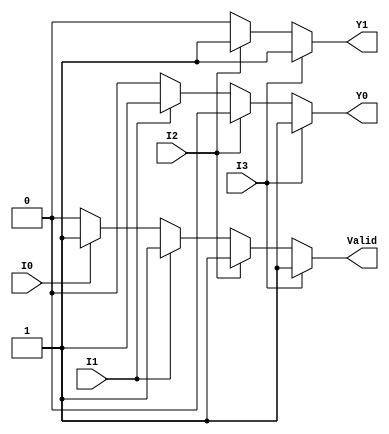
module encoder_4to2 (
    input wire I0,  // Input 0
    input wire I1,  // Input 1
    input wire I2,  // Input 2
    input wire I3,  // Input 3
    output reg Y1,  // Output 1 (Most Significant Bit)
    output reg Y0,  // Output 0 (Least Significant Bit)
    output reg Valid // Valid output indicator
);

    always @(*) begin
        // Default output values
        Y1 = 1'b0;
        Y0 = 1'b0;
        Valid = 1'b0;
        
        // Priority encoder logic
        if (I3) begin
            Y1 = 1'b1; // Output for I3
            Y0 = 1'b1;
            Valid = 1'b1;
        end else if (I2) begin
            Y1 = 1'b1; // Output for I2
            Y0 = 1'b0;
            Valid = 1'b1;
        end else if (I1) begin
            Y1 = 1'b0; // Output for I1
            Y0 = 1'b1;
            Valid = 1'b1;
        end else if (I0) begin
            Y1 = 1'b0; // Output for I0
            Y0 = 1'b0;
            Valid = 1'b1;
        end else begin
            // If none are active, outputs remain at default (Y1, Y0 = 00 and Valid = 0)
            Valid = 1'b0;
        end
    end
endmodule